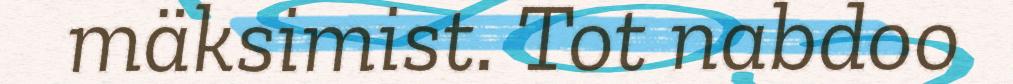
mäksimist. Tot nabdoo